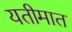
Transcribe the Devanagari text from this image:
यतीमात